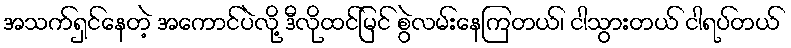
အသက်ရှင်နေတဲ့ အကောင်ပဲလို့ ဒီလိုထင်မြင် စွဲလမ်းနေကြတယ်၊ ငါသွားတယ် ငါရပ်တယ်